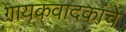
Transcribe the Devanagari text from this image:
गायकवादकांचे